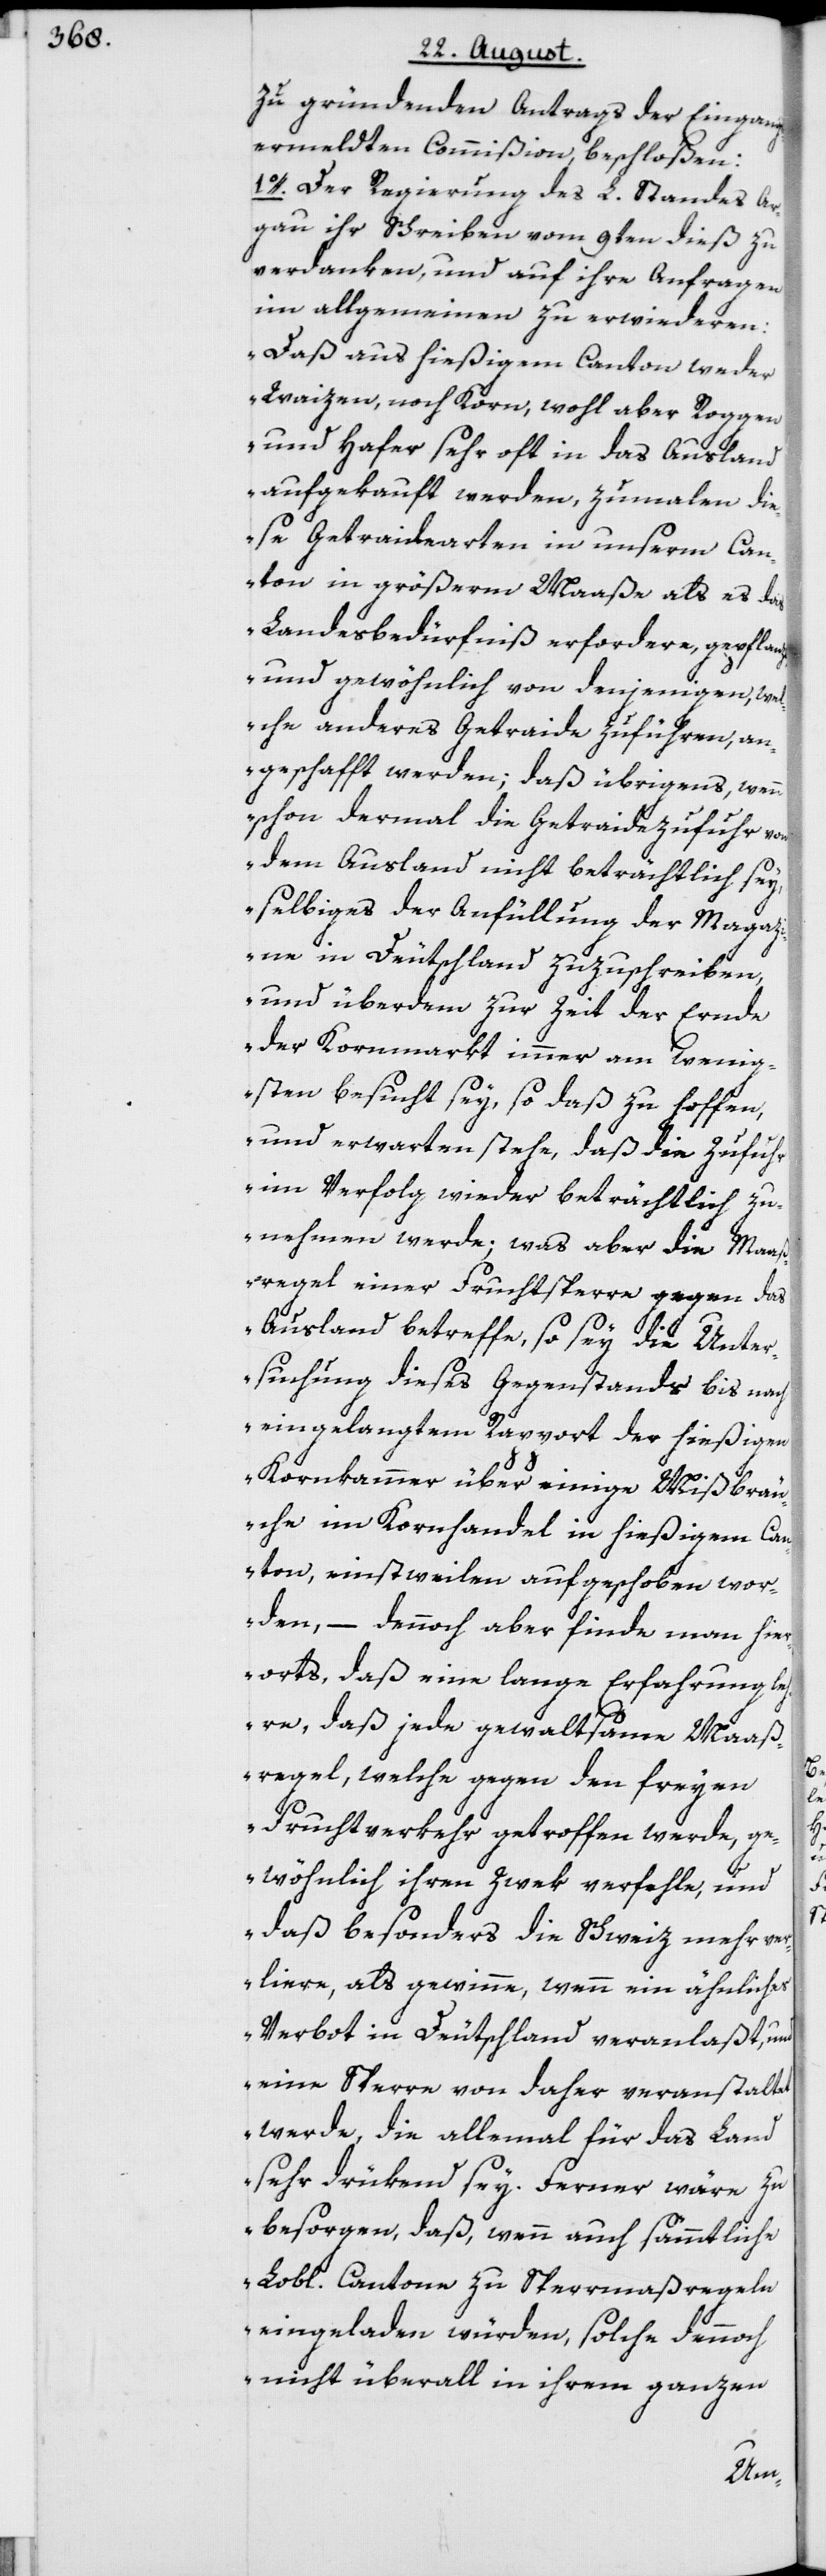
zu gründenden Antrags der Eingangs
ermeldten Commißion, beschloßen:
1o. Der Regierung des L. Standes Ar¬
gau ihr Schreiben vom 9ten dieß zu
verdanken, und auf ihre Anfragen
im allgemeinen zu erwiederen:
„Daß aus hießigem Canton weder
Waizen, noch Korn, wohl aber Roggen
und Hafer sehr oft in das Ausland
aufgekauft werden, zumalen die¬
se Getraidearten in unserm Can¬
ton in größerm Maaße als es das
Landesbedürfniß erfordere, gepflanzt,
und gewöhnlich von denjenigen, wel¬
che anderes Getraide zuführen, an¬
geschafft werden; daß übrigens, wenn
schon dermal die Getraidezufuhr von
dem Ausland nicht beträchtlich sey,
selbiges der Anfüllung der Magaz¬
ine in Deutschland zuzuschreiben,
und überdem zur Zeit der Ernde
der Kornmarkt immer am wenig¬
sten besucht sey, so daß zu hoffen,
und erwarten stehe, daß die Zufuhr
im Verfolg wieder beträchtlich zu¬
nehmen werde; was aber die Maaß¬
regel einer Fruchtsperre gegen das
Ausland betreffe, so sey die Unter¬
suchung dieses Gegenstands bis nach
eingelangtem Rapport der hießigen
Kornkammer über einige Mißbräu¬
che im Kornhandel in hießigem Can¬
ton, einstweilen aufgeschoben wor¬
den, – dennoch aber finde man hie¬
rorts, daß eine lange Erfahrung l¬
ehre, daß jede gewaltsame Maaß¬
regel, welche gegen den freyen
Fruchtverkehr getroffen werde, g¬
ewöhnlich ihren Zwek verfehle, und
daß besonders die Schweiz mehr ver¬
liere, als gewinne, wenn ein ähnliches
Verbot in Deutschland veranlaßt, und
eine Sperre von daher veranstaltet
werde, die allemal für das Land
sehr drükend sey. Ferner wäre zu
besorgen, daß, wenn auch sämmtliche
Lobl. Cantone zu Sperrmaßregeln
eingeladen würden, solche dennoch
nicht überall in ihrem ganzen